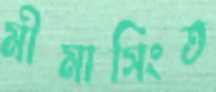
মীমাসিংত